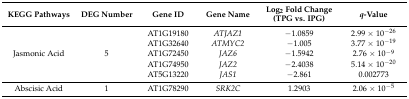
<table><thead><tr><td><b>KEGG Pathways</b></td><td><b>DEG Number</b></td><td><b>Gene ID</b></td><td><b>Gene Name</b></td><td><b>Log<sub>2</sub> Fold Change (TPG vs. IPG)</b></td><td><b><i>q</i>-Value</b></td></tr></thead><tbody><tr><td rowspan="5">Jasmonic Acid</td><td rowspan="5">5</td><td>AT1G19180</td><td><i>ATJAZ1</i></td><td>−1.0859</td><td>2.99 × 10<sup>−26</sup></td></tr><tr><td>AT1G32640</td><td><i>ATMYC2</i></td><td>−1.005</td><td>3.77 × 10<sup>−19</sup></td></tr><tr><td>AT1G72450</td><td><i>JAZ6</i></td><td>−1.5942</td><td>2.76 × 10<sup>−9</sup></td></tr><tr><td>AT1G74950</td><td><i>JAZ2</i></td><td>−2.4038</td><td>5.14 × 10<sup>−20</sup></td></tr><tr><td>AT5G13220</td><td><i>JAS1</i></td><td>−2.861</td><td>0.002773</td></tr><tr><td>Abscisic Acid</td><td>1</td><td>AT1G78290</td><td><i>SRK2C</i></td><td>1.2903</td><td>2.06 × 10<sup>−5</sup></td></tr></tbody></table>